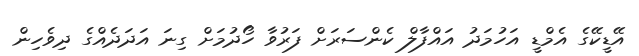
އޭޑީކޭގެ އެމްޑީ އަހުމަދު އައްފާލް ކެންސަރަށް ފަރުވާ ހޯދުމަށް ގިނަ އަދަދެއްގެ ދިވެހިން